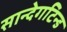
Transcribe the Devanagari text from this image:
सान्देगटिन्ड